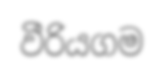
වීරියගම